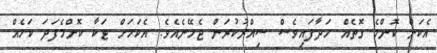
އެކަން ކޮންމެ ގޮތެއް ހަދާފައިވެސް ސިއްރުކުރަން ޖެހޭނެއެވެ. އެކަމަށް ޓަކާ ކޮންމެފަދަ ކަމެއް